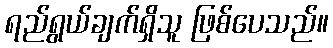
ရည်ရွယ်ချက်ရှိသူ ဖြစ်ပေသည်။